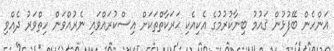
އަންހެން ބޭފުޅުން ޤައުމު ބިނާކުރުމުގެ އެކިއެކި ޙަރަކާތްތަކަށް އިސްކުރައްވައި ނެރުއްވަން ހިތްވަރު ދެއްވި